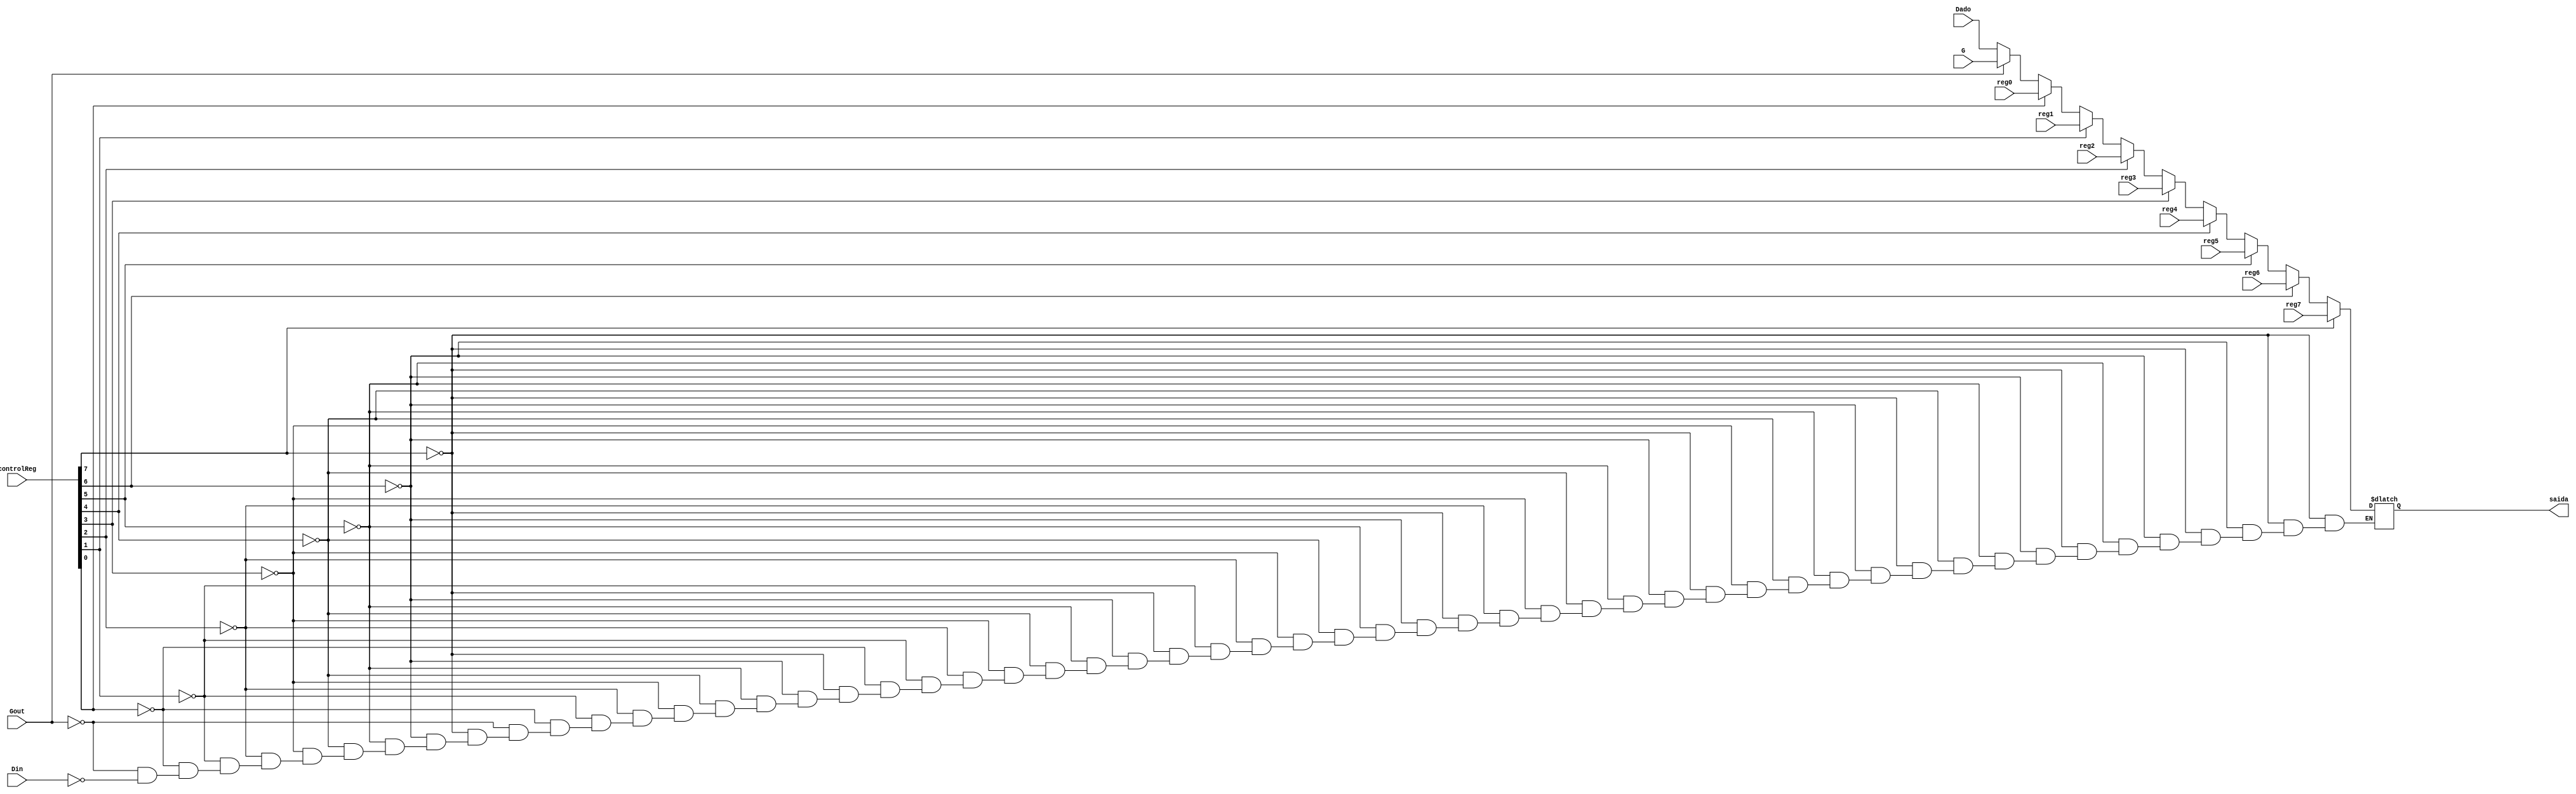
module  multiplexador(Dado, reg0, reg1, reg2, reg3, reg4, reg5, reg6, reg7, G,
	controlReg, Gout, Din, saida);

	/***************************************************************************
	* Modulo multiplexador 10 para 1.
	***************************************************************************/

	input [15:0] reg0, reg1, reg2, reg3, reg4, reg5, reg6, reg7, Dado, G;
	input [7:0] controlReg;
	input Gout;
	input Din;
	output reg [15:0] saida;

	wire [9:0] controle;

	assign controle = {controlReg, Gout, Din};

	always @(controle, Dado, reg0,reg1, reg2, reg3, reg4, reg5, reg6, reg7, G)
	begin
		if(controle[9])	// reg 0
			saida = reg7;
		else
			if(controle[8])	// reg 1
				saida = reg6;
			else
				if(controle[7])	// reg 2
					saida = reg5;
				else
					if(controle[6])	// reg 3
						saida = reg4;
					else
						if(controle[5])	// reg 4
							saida = reg3;
						else
							if(controle[4])	// reg 5
								saida = reg2;
							else
								if(controle[3])	// reg 6
									saida = reg1;
								else
									if(controle[2])	// reg 7
										saida = reg0;
									else
										if(controle[1]) // Gout
											saida = G;
										else
											if(controle[0]) // Din
												saida = Dado;

	end


endmodule